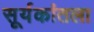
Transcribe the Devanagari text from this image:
सूर्यकांतला